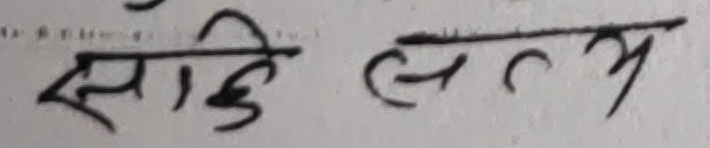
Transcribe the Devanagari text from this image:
सेडि लतम